画像に写った文字を読んでください
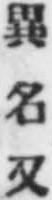
「異名又」と書いてあります